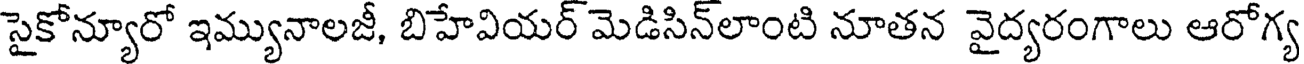
సైకోన్యూరో ఇమ్యునాలజీ, బిహేవియర్ మెడిసిన్లాంటి నూతన వైద్యరంగాలు ఆరోగ్య